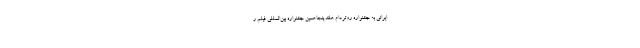
ایرانی به جشنواره روتردام هلند پنجاهمین جشنواره بین‌المللی فیلم ر